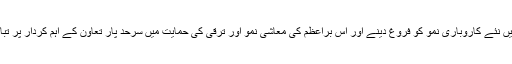
اس سال فورم افریقہ میں نئے کاروباری نمو کو فروغ دینے اور اس براعظم کی معاشی نمو اور ترقی کی حمایت میں سرحد پار تعاون کے اہم کردار پر تبادلہ خیال کیا جائے گا۔